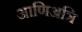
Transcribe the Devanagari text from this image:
आणिअत्रि